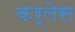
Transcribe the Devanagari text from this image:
कर्लेस